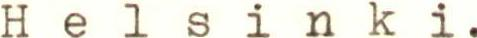
H e l s i n k i.